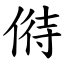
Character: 偫